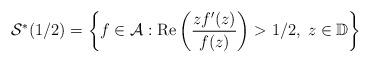
LaTeX: \begin{align*}\mathcal{S}^*(1/2)=\bigg\{f\in\mathcal{A}: {\rm Re}\left(\frac{zf^{\prime}(z)}{f(z)}\right)>1/2,\; z\in\mathbb{D}\bigg\}\end{align*}